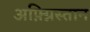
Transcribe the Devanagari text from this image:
अफ़्ग्निस्तान